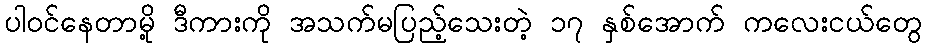
ပါဝင်နေတာမို့ ဒီကားကို အသက်မပြည့်သေးတဲ့ ၁၇ နှစ်အောက် ကလေးငယ်တွေ